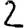
Digit: 2